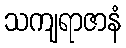
သကျရာဇာနံ